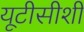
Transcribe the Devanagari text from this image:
यूटीसीशी